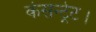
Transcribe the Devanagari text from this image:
कंसन्ट्रेट।